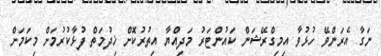
ނަގާ އެރަންވޭ ހުޅުވާ އިމިގްރޭޝަން ކައުންޓަރު މަދިއްޔާ އިތުރުކޮށް ޚިދުމަތް ފުޅާކުރުމަށް މިކަމަށް